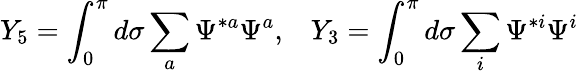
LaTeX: Y_{5}=\int_{0}^{\pi}d\sigma\sum_{a}\Psi^{*a}\Psi^{a},\, \, \, \, \, Y_{3}=\int_{0}^{\pi}d\sigma\sum_{i}\Psi^{*i}\Psi^{i}